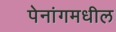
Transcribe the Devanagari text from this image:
पेनांगमधील